Vaccination in Burma 1889-1999 - 1889-1999
Year: 1889
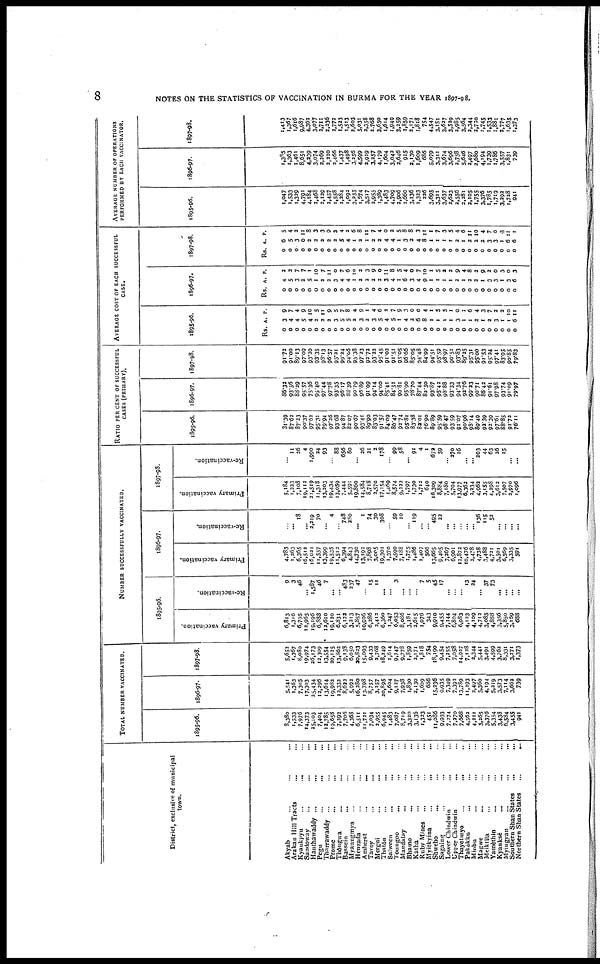
8
NOTES ON THE STATISTICS OF VACCINATION IN BURMA FOR THE YEAR 1897-98.
District, exclusive of municipal
town.
Akyab ... ... ...
Arakan Hill Tracts ... ...
Kyaukpyu ... ... ...
Sandoway ... ... ...
Hanthawaddy ...
...
...
Pegu ... ... ...
Tharrawaddy ... ... ...
Prome ... ... ...
Thôngwa ... ... ...
Bassein
... ... ... ...
Myaungmya
...
...
...
Henzada ... ... ...
Amherst
...
...
...
Tavoy
...
... ...
Mergui
...
...
...
Thatôn ... ... ...
Salween
... ... ...
Toungoo
... ... ...
Mandalay
...
...
...
Bhamo
...
... ...
Katha ... ... ...
Ruby Mines ... ... ...
Myitkyina
...
...
...
Shwebo
... ... ...
Sagaing
...
...
...
Lower Chindwin ... ...
Upper Chindwin
... ...
Thayetmyo
...
... ...
Pakôkku ... ...
Minbu ... ... ...
Magwe ... ... ...
Meiktila ... ... ...
Yamèthin ... ... ...
Kyauksè
... ... ...
Myingyan ... ... ...
Southern Shan States ... ...
Northern Shan States ... ...
TOTAL NUMBER VACCINATED.
1895-96.
8,380
1,533
7,976
14,373
25,103
7,404
12,785
19,658
7,293
7,706
4,368
6,511
11,721
7,034
2,955
6,945
1,483
7,087
8,719
3,320
3,136
1,323
451
11,086
9,933
7,274
7,270
7,668
4,562
4,211
5,265
3,376
5,354
3,438
6,584
3,455
941
1896-97.
5,541
1,363
7,305
17,303
25,434
12,296
13,614
19,982
12,332
8,622
5,992
16,280
13,798
8,757
3,257
20,895
1,604
9,127
7,938
1,830
2,130
1,609
686
15,236
9,935
7,349
7,392
13,789
11,293
2,497
5,360
4,194
5,219
3,573
7,114
3,662
739
1897-98.
5,653
1,367
8,080
19,974
26,173
12,309
13,554
20,135
13,862
9,133
6,050
20,823
15,093
9,433
2,768
18,249
1,614
9,747
9,778
1,859
2,171
1,818
754
18,190
9,454
7,255
7,058
14,927
7,128
2,344
5,441
3,491
4,599
3,762
8,331
3,271
1,373
NUMBER SUCCESSFULLY VACCINATED.
1895-96.
Primary vaccination.
6,813
1,316
6,795
12,965
19,196
6,888
12,610
19,120
6,831
6,122
3,213
5,857
10,906
6,286
2,412
6,360
1,247
6,053
8,086
3,181
2,615
1,076
343
9,910
9,455
7,144
6,804
6,983
4,123
4,109
4,713
3,085
4,868
3,356
5,850
3,169
688
Re-vaccination.
9
3
46
... 1,587
46
7
...
... 483
237
47
... 15
11
...
... 3
...
...
...
7
5
45
17
...
... ... 13
24
... 37
73
...
...
... ...
1896-97.
Primary vaccination.
4,783
1,263
6,365
16,512
16,021
11,557
13,399
19,535
11,513
6,394
4,843
14,730
13,193
7,898
3,005
19,301
1,370
7,599
7,188
1,755
1,486
1,407
566
13,665
9,405
7,267
6,901
12,872
10,476
2,478
4,738
3,488
4,721
3,501
6,569
3,335
591
Re-vaccination.
...
... 18
... 2,219
70
...
4
... 748
280
... 1
74
30
308
... 59
10
... 119
...
... 495
22
...
...
... ...
... 136
115
53
...
... ...
...
1897-98.
Primary vaccination.
5,184
1,333
7,108
19,112
21,519
11,313
13,203
19,434
13,059
7,444
5,591
19,860
14,584
8,718
2,570
17,154
1,469
8,574
9,222
1,797
1,730
1,712
640
16,309
8,884
7,180
5,704
13,977
6,362
2,234
4,962
3,155
4,298
3,612
7,507
3,970
1,096
Re-vaccination.
...
11
26
4
1,990
24
93
... 88
656
80
... 26
21
2
178
... 99
58
... 91
4
1
672
59
... 270
16
...
... 203
44
63
26
15
...
...
RATIO PER CENT OF SUCCESSFUL
CASES (PRIMARY).
1895-96.
31.39
87.62
87.23
90.37
97.63
95.31
79.94
97.36
93.68
94.87
82.07
90.67
93.41
89.90
83.03
91.57
84.09
86.47
92.74
95.8l
83.38
82.01
76.90
89.89
95.59
98.47
93.59
91.07
90.96
98.14
89.49
92.39
92.39
97.61
88.85
91.72
76.11
1896-97.
86.32
93.56
88.29
95.57
75.36
95.40
97.44
97.78
93.35
96.17
88.39
90.79
96.89
91.09
94.14
94.00
85.41
84.51
90.8l
95.90
78.70
87.44
82.50
93.87
95.43
98.88
93.33
94.34
92.76
99.23
90.71
86.42
91.61
97.98
93.74
91.09
79.97
1897-98.
91.72
91.00
89.13
97.09
93.20
93.35
98.13
96.57
95.21
99.24
94.06
95.38
97.23
92.73
93.22
95.45
91.02
91.51
95.05
96.66
85.05
94.48
84.99
94.51
95.59
98.97
90.51
93.83
89.25
95.31
95.00
91.53
95.24
97.41
83.95
90.85
79.83
AVERAGE COST OF EACH SUCCESSFUL
CASE.
1895-96.
Rs.
0
0
0
0
0
0
0
0
0
0
0
0
0
0
0
0
0
0
0
0
0
0
0
0
0
0
0
0
0
0
0
0
0
0
0
0
0
A.
3
4
4
5
4
2
2
2
3
5
5
2
3
2
3
5
4
5
1
4
2
6
8
1
1
1
1
3
1
1
2
1
2
3
1
1
6
P.
9
7
4
9
10
5
11
9
5
7
8
4
9
1
4
6
2
7
9
3
0
0
4
1
5
5
1
0
1
6
4
3
7
2
2
10
11
1896-97.
Rs.
0
0
0
0
0
0
0
0
0
0
0
0
0
0
0
0
0
0
0
0
0
0
0
0
0
0
0
0
0
0
0
0
0
0
0
0
0
A.
4
5
3
2
5
1
2
2
3
4
4
1
2
2
2
2
3
4
1
6
3
4
9
1
1
1
1
2
1
2
2
1
3
3
1
3
6
P.
2
3
7
7
1
10
7
11
0
7
6
10
2
2
9
0
11
8
5
4
0
7
10
1
5
2
2
9
4
8
2
9
2
0
3
0
3
1897-98.
Rs.
0
0
0
0
0
0
0
0
0
0
0
0
0
0
0
0
0
0
0
0
0
0
0
0
0
0
0
0
0
0
0
0
0
0
0
0
0
A.
6
5
3
0
2
2
2
2
2
5
4
1
2
1
2
2
4
4
1
3
3
4
8
1
1
1
1
3
1
2
3
2
3
3
1
6
6
P.
5
4
3
11
8
3
3
9
3
4
3
6
8
11
7
4
0
2
5
8
8
3
11
1
7
3
5
4
6
11
10
4
7
0
3
11
I
AVERAGE NUMBER OF OPERATIONS
PERFORMED BY EACH VACCINATOR.
1895-96.
1,047
1,533
1,329
4,791
4,184
2,468
2,129
2,457
1,558
1,284
1,092
3,255
1,574
3,517
2,955
1,389
1,483
4,709
2,906
1,660
3,136
1,323
226
3,695
3,311
3,637
2,633
2,556
3,281
2,105
1,755
3,376
1,785
1,719
3,292
1,728
941
1896-97.
1,385
1,363
1,461
8,651
4,239
3,074
2,269
2,220
2,466
1,437
1,498
3,256
4,599
2,919
3,257
4,179
1,604
3,042
2,646
915
2,130
1,609
686
5,079
3,311
3,674
3,696
2,758
5,646
2,497
2,680
4,194
1,739
1,786
3,557
1,831
739
1897-98.
1,413
1,367
1,616
9,987
4,362
3,077
2,711
2,236
2,772
1,523
1,513
2,603
5,031
2,358
2,768
3,650
1,614
1,949
3,259
1,859
2,171
1,818
754
4,547
3,151
3,627
3,529
2,985
3,564
2,344
2,720
1,745
1,533
1,881
2,777
1,635
1,373